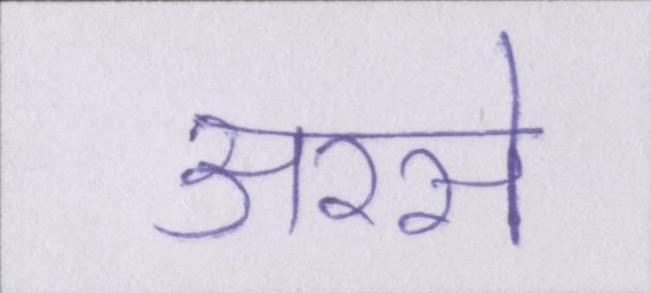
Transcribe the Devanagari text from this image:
अरसे